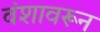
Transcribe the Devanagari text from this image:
वंशावरून